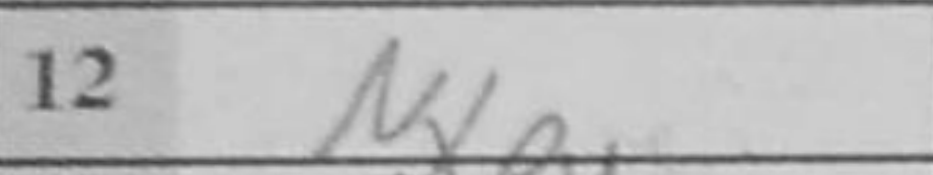
Transcription: Nxe4